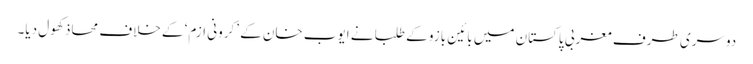
دوسری طرف مغربی پاکستان میں بائین بازو کے طلبا نے ایوب خان کے ’کرونی ازم‘ کے خلاف محاذ کھول دیا۔